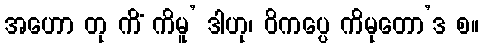
အဟော တု ကိံ ကိမူ’ ဒါဟု၊ ဝိကပ္ပေ ကိမုတော’ဒ စ။